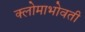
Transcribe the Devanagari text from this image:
क्लोमाभोवती